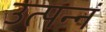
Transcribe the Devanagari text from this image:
उत्पन्नं